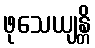
ဖုသေယျန္တိ